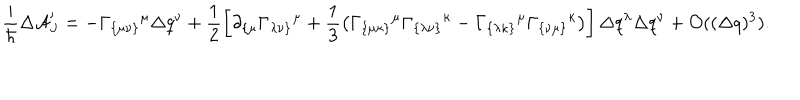
\frac { i } { \hbar } \Delta { \cal A } _ { J } ^ { \prime } = - \Gamma _ { \{ \mu \nu \} } { } ^ { \mu } \Delta q ^ { \nu } + \frac { 1 } { 2 } \left[ \partial _ { \{ \mu } \Gamma _ { \lambda \nu \} } { } ^ { \mu } + \frac { 1 } { 3 } \left( \Gamma _ { \{ \mu \kappa \} } { } ^ { \mu } \Gamma _ { \{ \lambda \nu \} } { } ^ { \kappa } - \Gamma _ { \{ \lambda \kappa \} } { } ^ { \mu } \Gamma _ { \{ \nu \mu \} } { } ^ { \kappa } \right) \right] \Delta q ^ { \lambda } \Delta q ^ { \nu } + { \cal O } ( ( \Delta q ) ^ { 3 } ) .